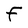
Character: F